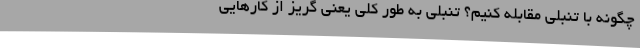
چگونه با ‌تنبلی‌ مقابله کنیم؟ تنبلی به طور کلی یعنی گریز از کارهایی